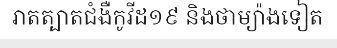
រាតត្បាតជំងឺកូវីដ១៩ និងថាម្យ៉ាងទៀត